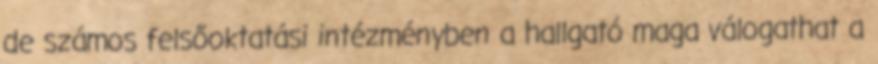
de számos felsőoktatási intézményben a hallgató maga válogathat a